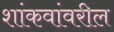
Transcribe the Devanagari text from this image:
शांकवांवरील